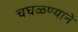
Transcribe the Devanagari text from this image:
चघळण्याने